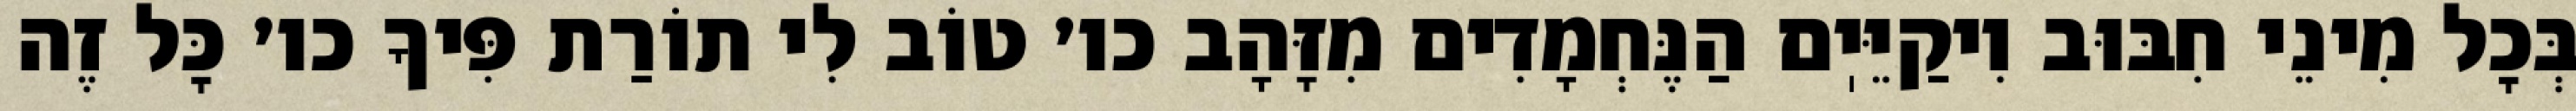
בְּכׇל מִינֵי חִבּוּב וִיקַיֵּיֽם הַנֶּחְמָדִים מִזָּהָב כו׳ טוֹב לִי תוֹרַת פִּיךָ כו׳ כׇּל זֶה